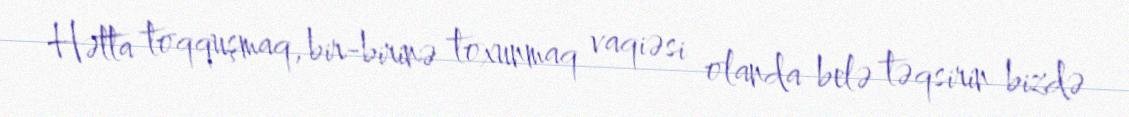
Hətta toqquşmaq, bir-birinə toxunmaq vaqiəsi olanda belə təqsirin bizdə